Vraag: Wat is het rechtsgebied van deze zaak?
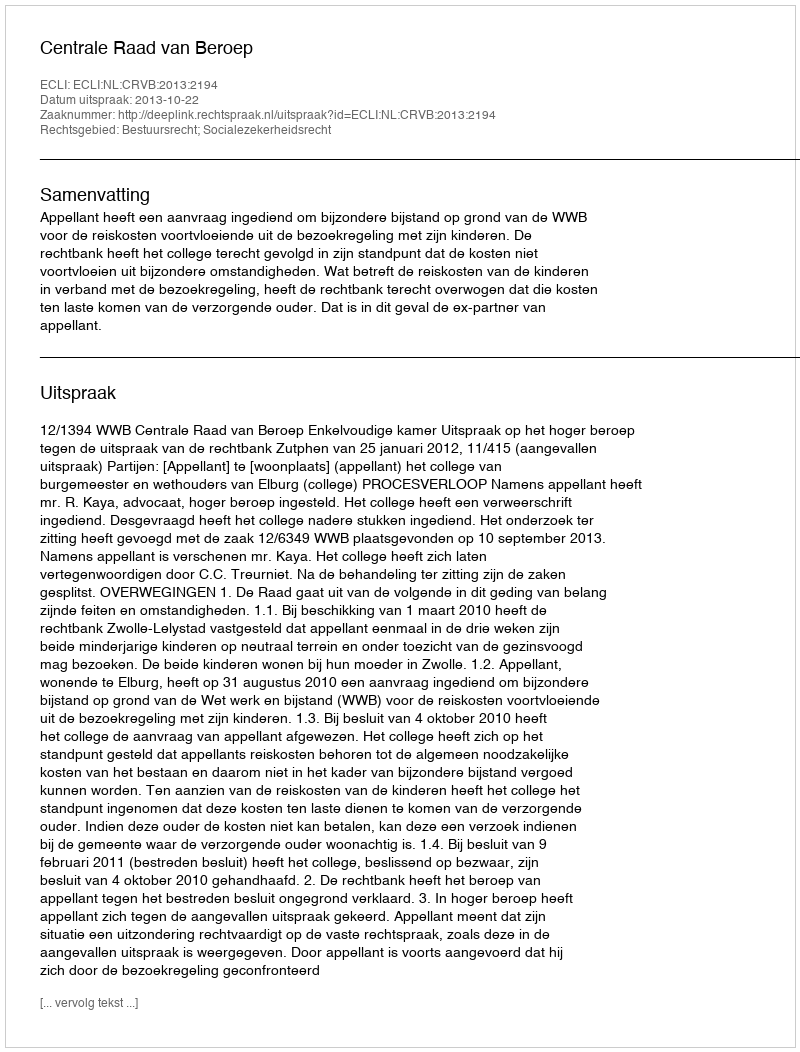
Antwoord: Bestuursrecht; Socialezekerheidsrecht